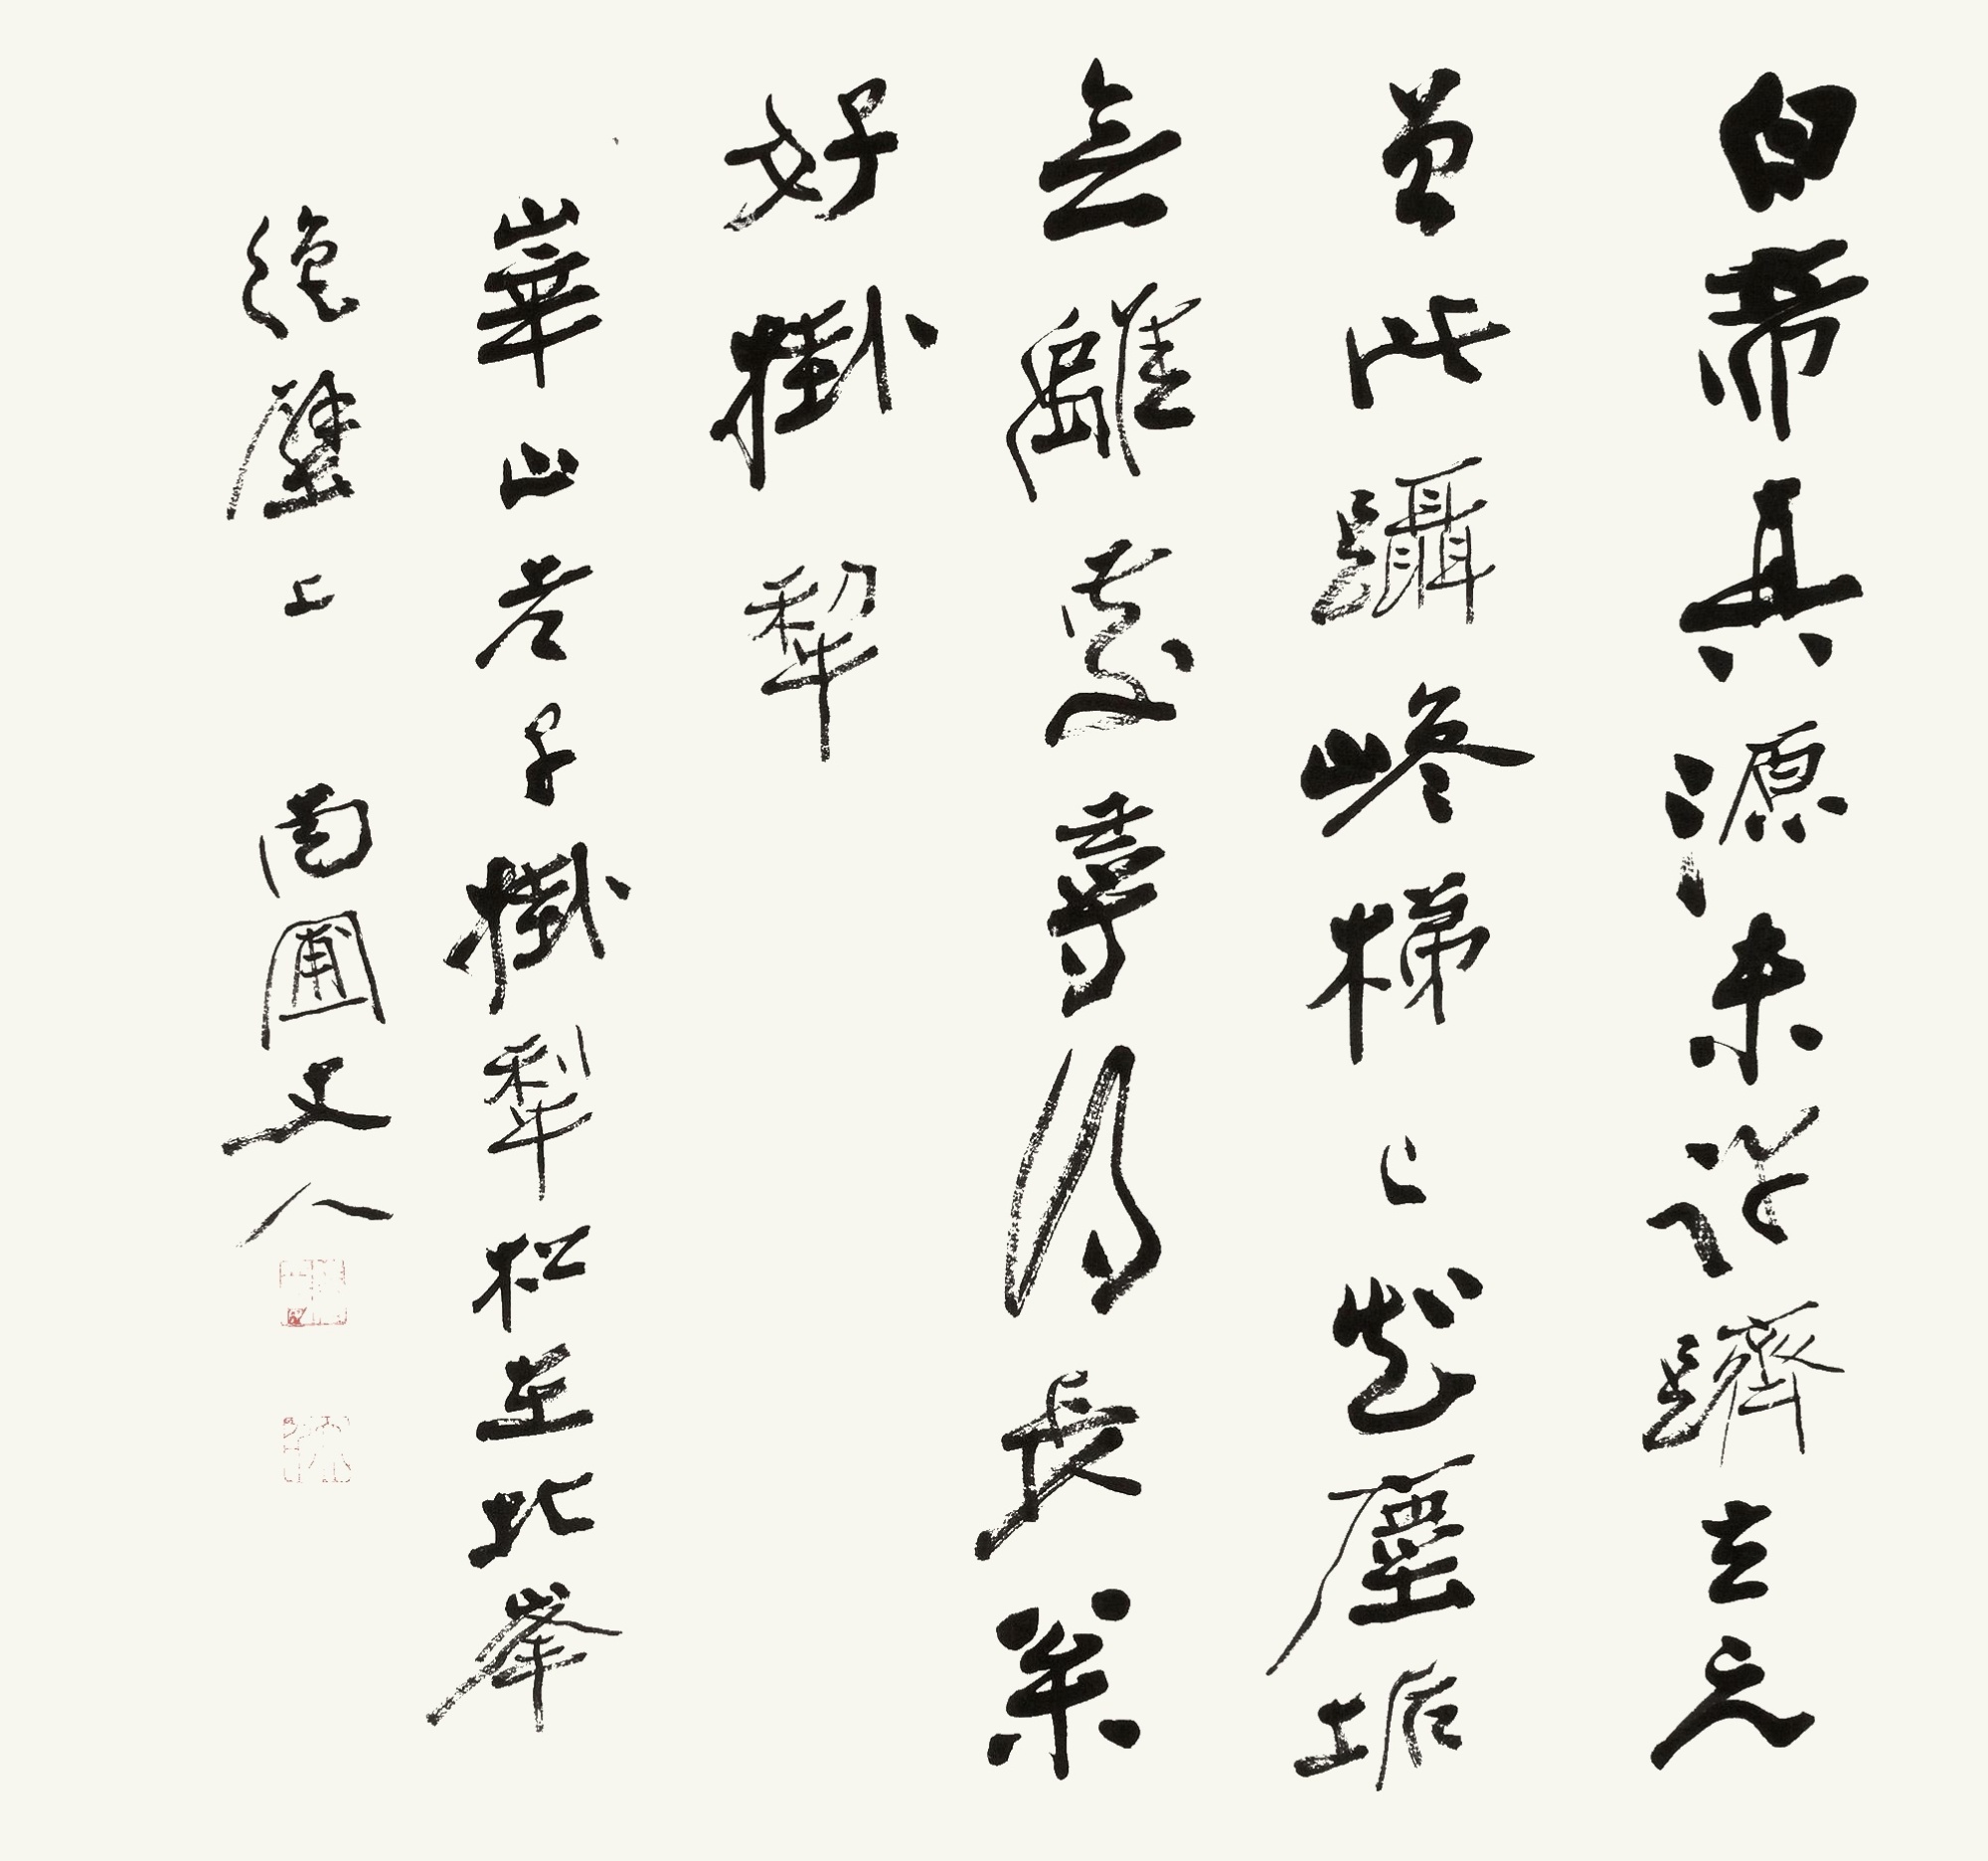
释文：白帝真源未许跻，玄元曾此蹑巉梯。已知尘垢无离处，寻得长松好挂犁。华山老子挂犁松在北峰绝壁上。南圃丈人。